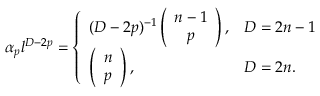
\alpha _ { p } l ^ { D - 2 p } = \left\{ \begin{array} { l l } { { ( D - 2 p ) ^ { - 1 } \left( \begin{array} { c } { { n - 1 } } \\ { { p } } \end{array} \right) , } } & { { D = 2 n - 1 } } \\ { { \left( \begin{array} { c } { { n } } \\ { { p } } \end{array} \right) , } } & { { D = 2 n . } } \end{array} \right.